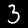
Label: 3